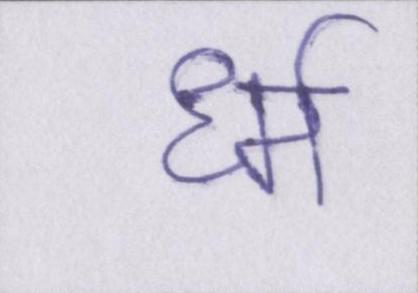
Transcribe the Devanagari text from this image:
र्ध्म